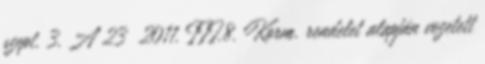
szept. 3. A 23 2011. III.8. Korm. rendelet alapján vezetett